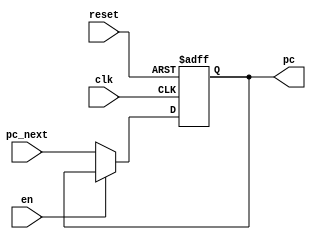
/* Module: program_counter
   Description: Program counter
   Inputs: clk - clock signal; reset - reset signal; pc_next - 32-bit next program counter value; en - enable signal
   Outputs: pc - 32-bit program counter
*/
module program_counter #(parameter WIDTH = 32) (
    input                  clk,
    input                  reset,
    input                  en,
    input      [WIDTH-1:0] pc_next,
    output reg [WIDTH-1:0] pc
);

    always @(posedge clk or negedge reset) begin
        if (~reset) begin
            pc <= 32'h00000000;
        end else if (~en) begin
            pc <= pc_next;
        end
    end

endmodule